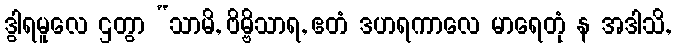
ဒွါရမူလေ ဌတွာ “သာမိ, ဗိမ္ဗိသာရ, ဧတံ ဒဟရကာလေ မာရေတုံ န အဒါသိ,